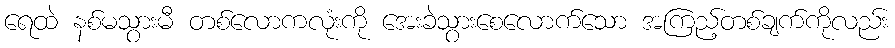
ရေထဲ နစ်မသွားမီ တစ်လောကလုံးကို အေးခဲသွားစေလောက်သော အကြည့်တစ်ချက်ကိုလည်း